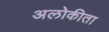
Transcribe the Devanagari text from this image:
अलोकीता